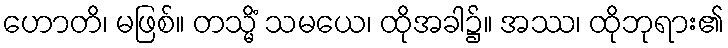
ဟောတိ၊ မဖြစ်။ တသ္မိံ သမယေ၊ ထိုအခါ၌။ အဿ၊ ထိုဘုရား၏